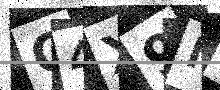
Text: Q4X9N0